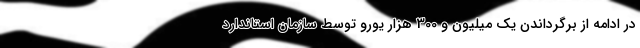
در ادامه از برگرداندن یک میلیون و 300 هزار یورو توسط سازمان استاندارد